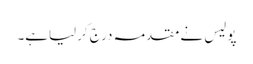
پولیس نے مقدمہ درج کرلیاہے۔